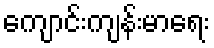
ကျောင်းကျန်းမာရေး